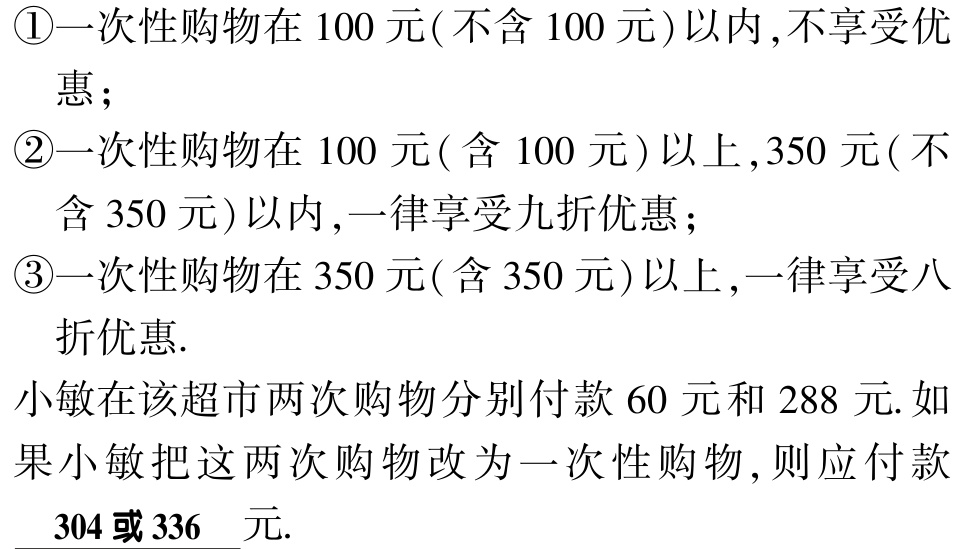
\textcircled{1}一次性购物在 100 元(不含 100 元)以内,不享受优惠；

\textcircled{2}一次性购物在 100 元(含 100 元)以上,350 元(不含 350 元)以内,一律享受九折优惠；

\textcircled{3}一次性购物在 350 元(含 350 元)以上,一律享受八折优惠.

小敏在该超市两次购物分别付款 60 元和 288 元.如果小敏把这两次购物改为一次性购物,则应付款

 304 或 336  元.